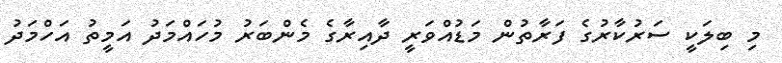
މި ބިލަކީ ސަރުކާރުގެ ފަރާތުން މަޑުއްވަރީ ދާއިރާގެ މެންބަރު މުހައްމަދު އަމީތު އަހްމަދު